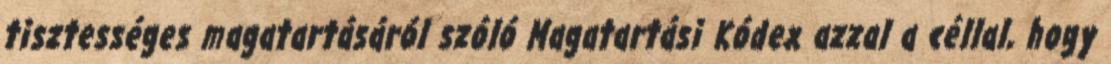
tisztességes magatartásáról szóló Magatartási Kódex azzal a céllal, hogy